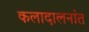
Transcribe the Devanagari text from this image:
कलादालनांत